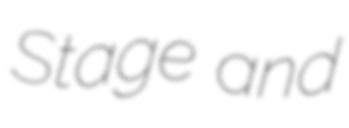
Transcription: Stage and